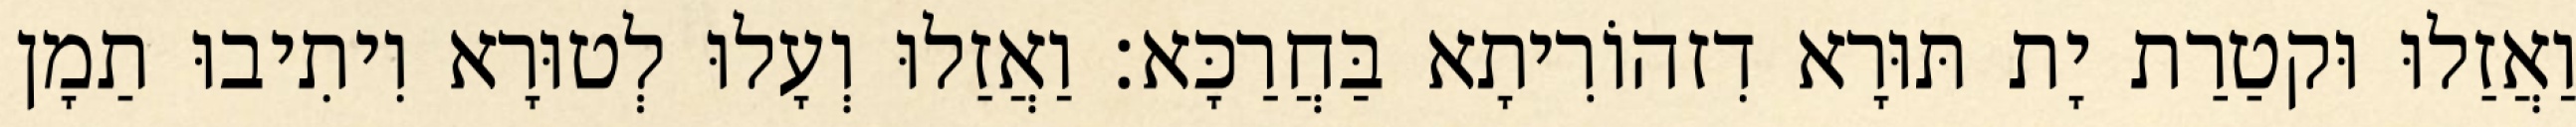
וַאֲזַלוּ וּקטַרַת יָת תּוּרָא דִזהוֹרִיתָא בַּחֲרַכָּא׃ וַאֲזַלוּ וְעָלוּ לְטוּרָא וִיתִיבוּ תַמָן